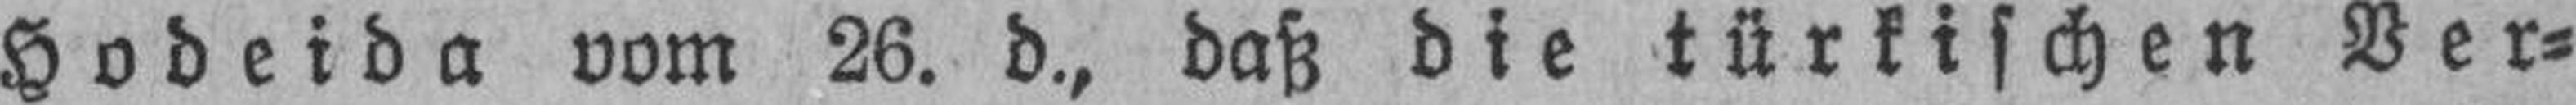
Hodeida vom 26. d., daß die türkischen Ver¬